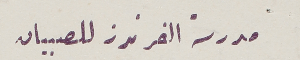
مدرسة الفرندز للصبيان